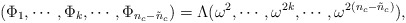
\begin{align*}(\Phi_{1}, \cdots, \Phi_{k}, \cdots, \Phi_{n_{c}-\tilde{n}_{c}}) = \Lambda (\omega^2, \cdots, \omega^{2k}, \cdots, \omega^{2(n_{c}-\tilde{n}_{c})}),\end{align*}